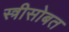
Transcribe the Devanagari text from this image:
स्त्रीसोबत